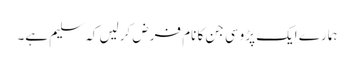
ہمارے ایک پڑوسی جن کا نام فرض کرلیں کہ سلیم ہے۔